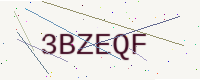
Text: 3BZEQF